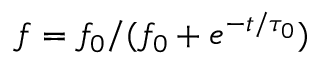
f = f _ { 0 } / ( { f } _ { 0 } + e ^ { - t / \tau _ { 0 } } )